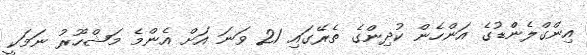
އިންގްލެންްޑުގެ އަންހެން ކުދިންގެ ތެރޭގައި 21 ވަނަ އަށް އެންމެ މަޝްހޫރު ނަމަކީ